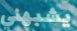
يشبهني